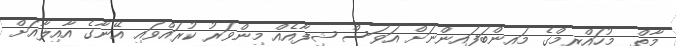
މާތް  މުހައްރިމްގެ މައިންބަފައިންނަށް އަވަސް ޝިފާއެއް މިންވަރު ކުރައްވައި އޭނާގެ އާއިލާއަށް